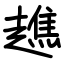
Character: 趭